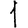
Digit: 1